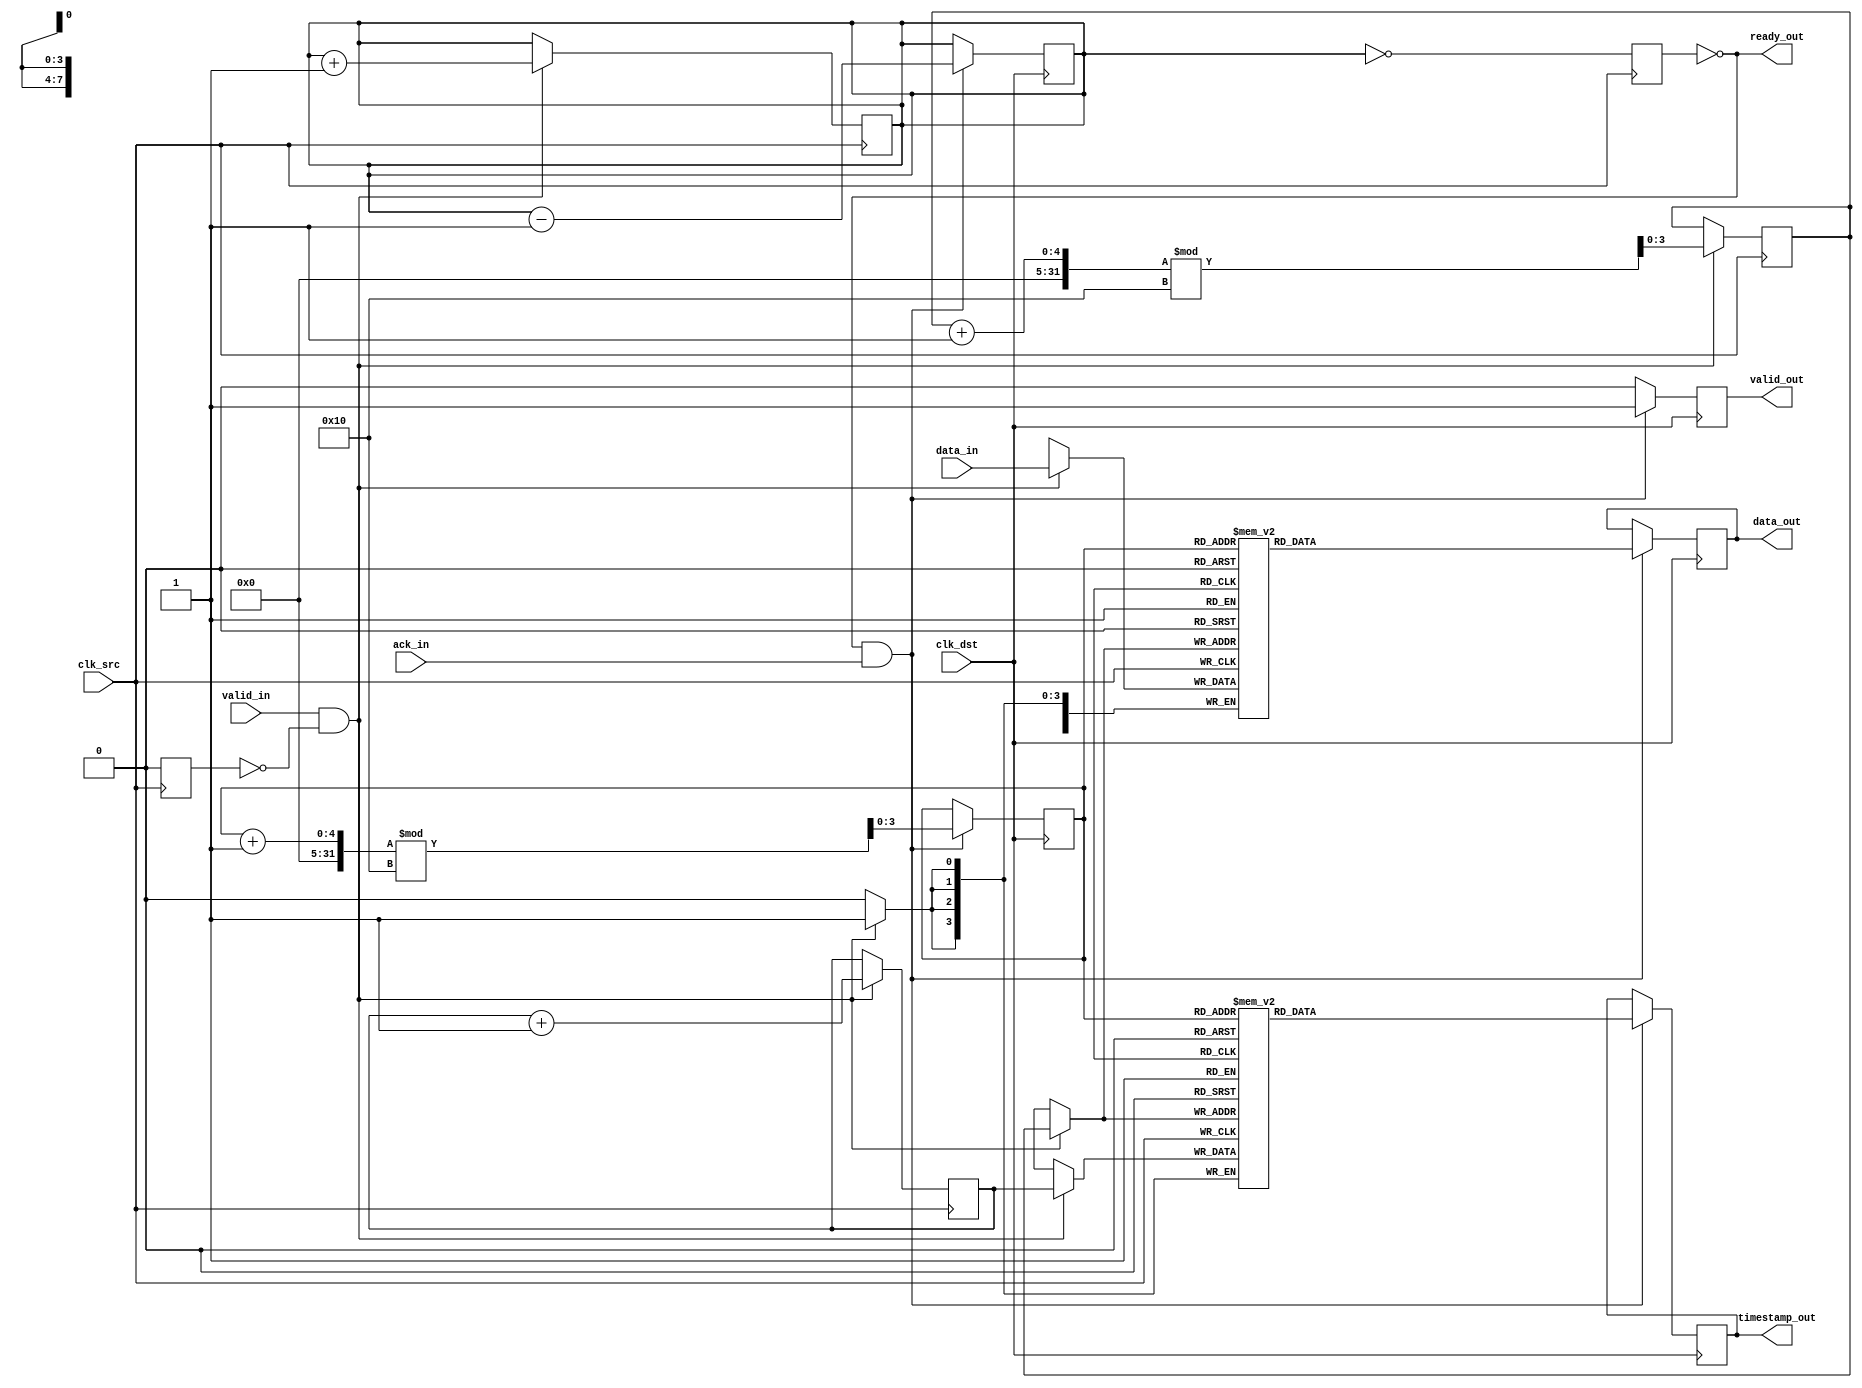
module time_stamped_synchronizer #(
    parameter DATA_WIDTH = 8,
    parameter FIFO_DEPTH = 16
)(
    input wire clk_src,                // Source clock
    input wire clk_dst,                // Destination clock
    input wire [DATA_WIDTH-1:0] data_in, // Data input
    input wire valid_in,               // Valid signal for input data
    output wire ready_out,             // Ready signal for output data
    output reg [DATA_WIDTH-1:0] data_out, // Data output
    output reg [3:0] timestamp_out,    // Timestamp output
    output reg valid_out,              // Valid signal for output data
    input wire ack_in                  // Acknowledgment signal from destination
);

    // FIFO buffer
    reg [DATA_WIDTH-1:0] fifo_data [0:FIFO_DEPTH-1];
    reg [3:0] fifo_timestamp [0:FIFO_DEPTH-1];
    reg [3:0] write_ptr, read_ptr;
    reg [3:0] fifo_count;

    // Timestamp counter
    reg [3:0] timestamp_counter;

    // Handshaking signals
    reg fifo_full;
    reg fifo_empty;

    // Generate timestamp on data input
    always @(posedge clk_src) begin
        if (valid_in && !fifo_full) begin
            fifo_data[write_ptr] <= data_in;
            fifo_timestamp[write_ptr] <= timestamp_counter;
            write_ptr <= (write_ptr + 1) % FIFO_DEPTH;
            fifo_count <= fifo_count + 1;
            timestamp_counter <= timestamp_counter + 1;
        end
    end

    // FIFO full and empty flags
    always @(posedge clk_src) begin
        fifo_full <= (fifo_count == FIFO_DEPTH);
        fifo_empty <= (fifo_count == 0);
    end

    // Read data in destination clock domain
    always @(posedge clk_dst) begin
        if (!fifo_empty && ack_in) begin
            data_out <= fifo_data[read_ptr];
            timestamp_out <= fifo_timestamp[read_ptr];
            read_ptr <= (read_ptr + 1) % FIFO_DEPTH;
            fifo_count <= fifo_count - 1;
            valid_out <= 1'b1; // Indicate valid output data
        end else begin
            valid_out <= 1'b0; // No valid output data
        end
    end

    // Ready signal for output data
    assign ready_out = !fifo_empty;

    // Meta-stability handling for control signals
    reg ack_sync_1, ack_sync_2;
    always @(posedge clk_dst) begin
        ack_sync_1 <= ack_in;
        ack_sync_2 <= ack_sync_1;
    end

endmodule